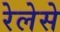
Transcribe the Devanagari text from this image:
रेलेसे